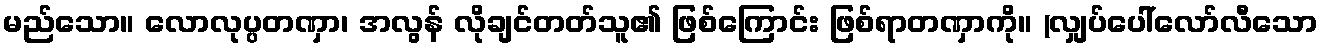
မည်သော။ လောလုပ္ပတဏှာ၊ အလွန် လိုချင်တတ်သူ၏ ဖြစ်ကြောင်း ဖြစ်ရာတဏှာကို။ (လျှပ်ပေါ်လော်လီသော